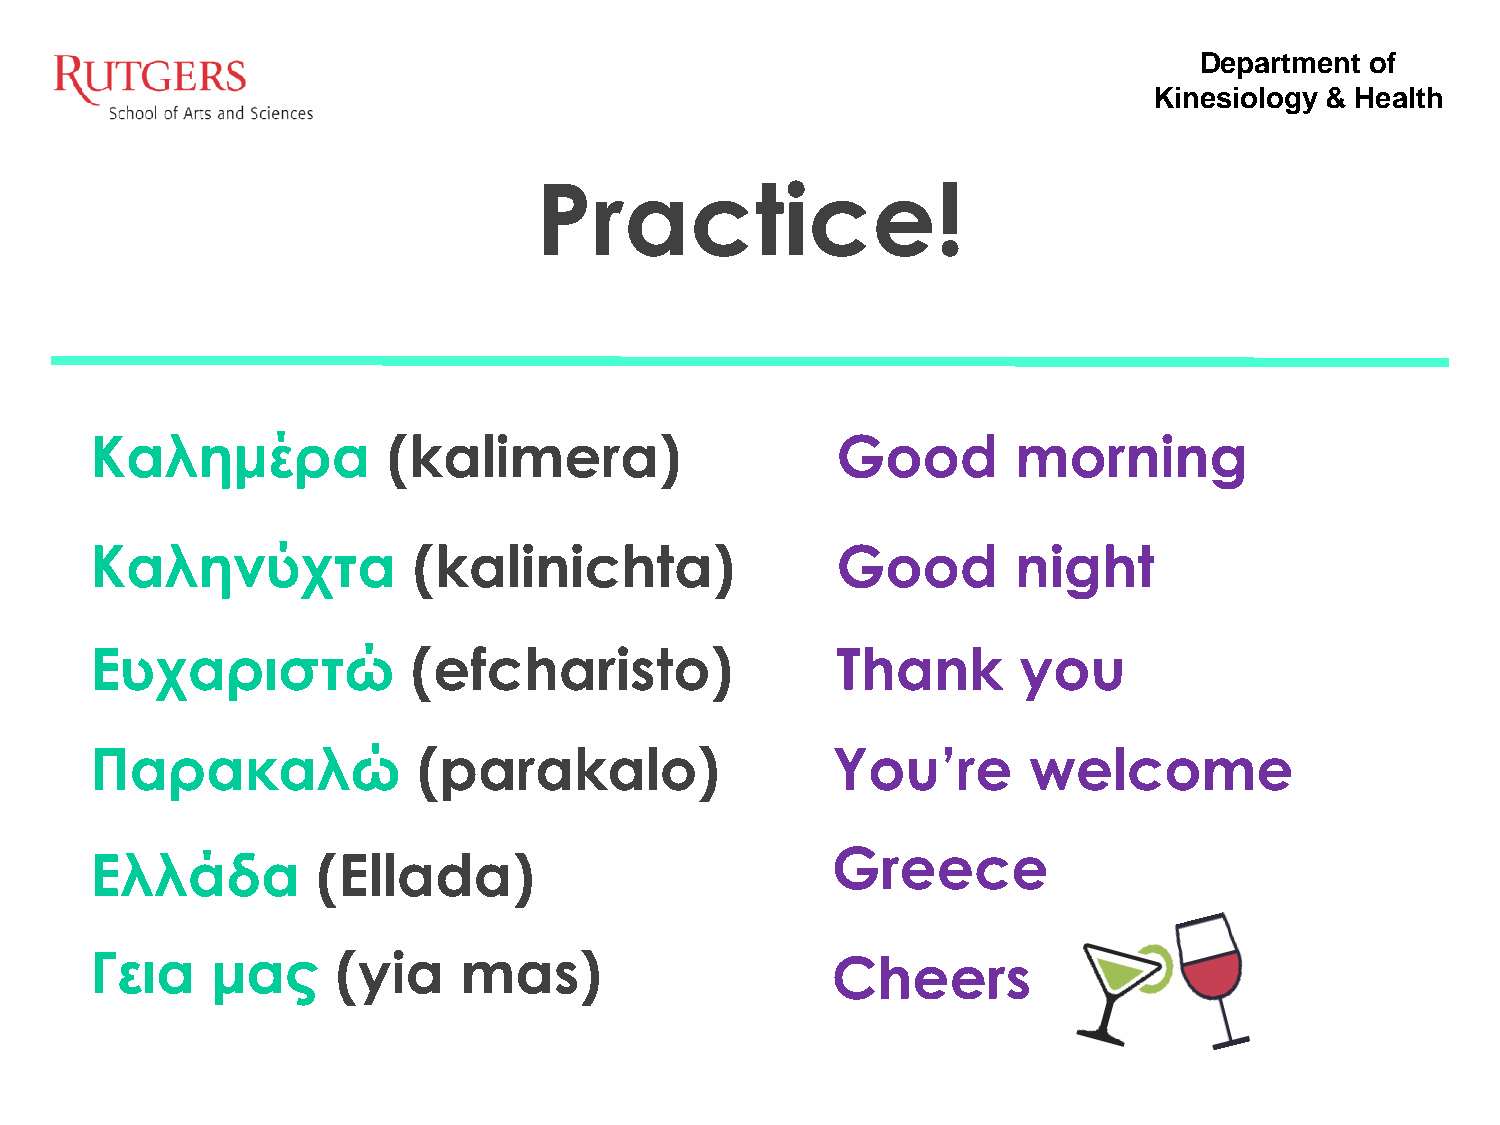
Department  of
 Kinesiology & Health
 Practice!
 Καλημέρα            (kalimera)                   Good        morning
 Καληνύχτα            (kalinichta)                Good        night
 Ευχαριστώ            (efcharisto)                Thank       you
 Παρακαλώ              (parakalo)                 You’re       welcome
 Greece
 Ελλάδα         (Ellada)
 Γεια    μας     (yia    mas)                     Cheers